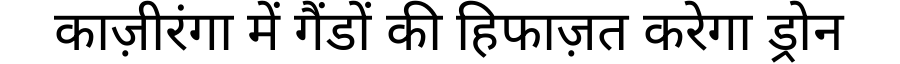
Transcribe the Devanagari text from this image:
काज़ीरंगा में गैंडों की हिफाज़त करेगा ड्रोन